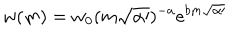
w ( m ) = w _ { 0 } ( m \sqrt { \alpha \prime } ) ^ { - a } e ^ { b m \sqrt { \alpha \prime } }